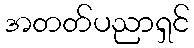
အတတ်ပညာရှင်